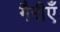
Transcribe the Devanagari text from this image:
गैरीएँ